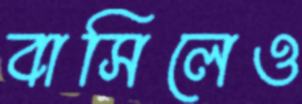
বাসিলেও